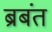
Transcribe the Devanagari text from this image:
ब्रबंत